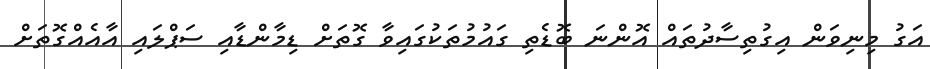
އަގު މިނިވަން އިގުތިސާދުތައް އޮންނަ ބޮޑެތި ގައުމުތަކުގައިވާ ގޮތަށް ޑިމާންޑާއި ސަޕްލައި އާއެއްގޮތަށް